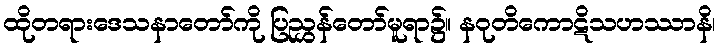
ထိုတရားဒေသနာတော်ကို ပြညွှန်တော်မူရာ၌။ နဝုတိကောဋိသဟဿာနိ၊